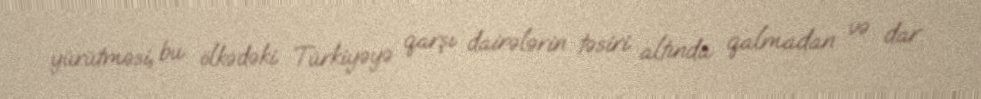
yürütməsi, bu ölkədəki Türkiyəyə qarşı dairələrin təsiri altında qalmadan və dar